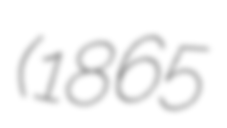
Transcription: (1865